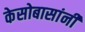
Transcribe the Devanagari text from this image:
केसोबासांनी